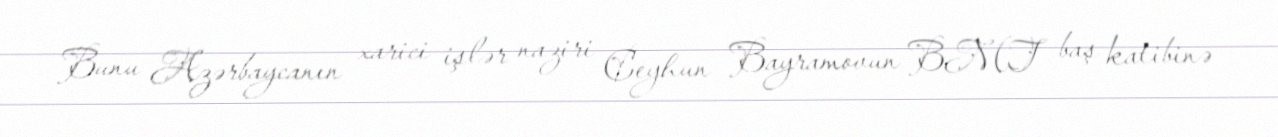
Bunu Azərbaycanın xarici işlər naziri Ceyhun Bayramovun BMT baş katibinə